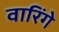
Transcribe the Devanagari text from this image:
वारिंगे